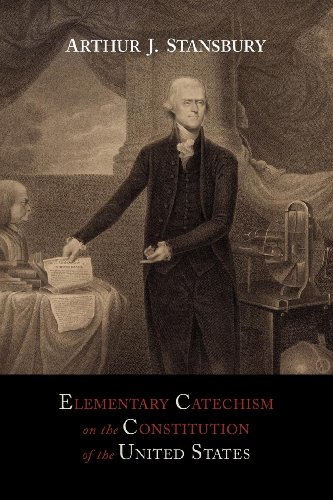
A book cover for Elementary Catechism on the Constitution of the United States: For the Use of Schools; Arthur J. Stansbury; Test Preparation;